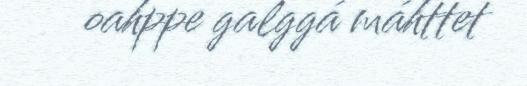
oahppe galggá máhttet